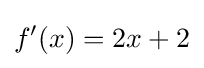
f'(x)=2x+2